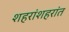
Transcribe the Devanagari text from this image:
शहरांशहरांत